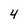
Character: 4